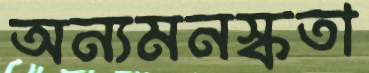
অন্যমনস্কতা